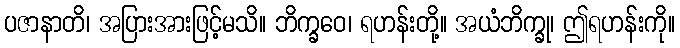
ပဇာနာတိ၊ အပြားအားဖြင့်မသိ။ ဘိက္ခဝေ၊ ရဟန်းတို့။ အယံဘိက္ခု၊ ဤရဟန်းကို။